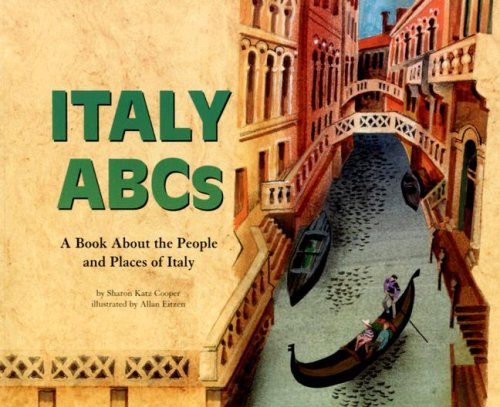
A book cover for Italy ABCs: A Book About the People and Places of Italy (Country ABCs); Sharon Katz Cooper; Children's Books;